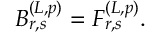
B _ { r , s } ^ { ( L , p ) } = F _ { r , s } ^ { ( L , p ) } .